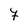
Character: F